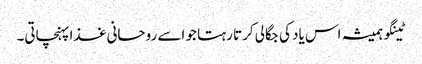
ٹینگو ہمیشہ اس یاد کی جگالی کرتا رہتا جو اسے روحانی غذا پہنچاتی۔